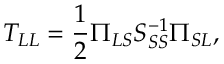
T _ { L L } = \frac { 1 } { 2 } \Pi _ { L S } S _ { S S } ^ { - 1 } \Pi _ { S L } ,